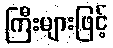
ကြီးများဖြင့်